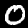
Label: 0